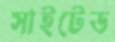
সাইটেড